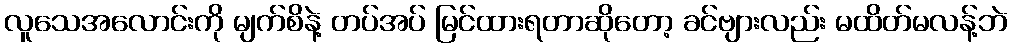
လူသေအလောင်းကို မျက်စိနဲ့ တပ်အပ် မြင်ထားရတာဆိုတော့ ခင်ဗျားလည်း မထိတ်မလန့်ဘဲ